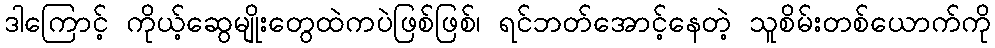
ဒါကြောင့် ကိုယ့်ဆွေမျိုးတွေထဲကပဲဖြစ်ဖြစ်၊ ရင်ဘတ်အောင့်နေတဲ့ သူစိမ်းတစ်ယောက်ကို